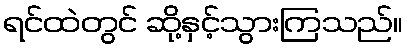
ရင်ထဲတွင် ဆို့နှင့်သွားကြသည်။